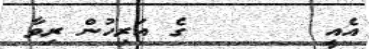
އެއީ       ގެ އަރިހުން ރިވާ